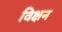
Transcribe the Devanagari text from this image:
विक्षन